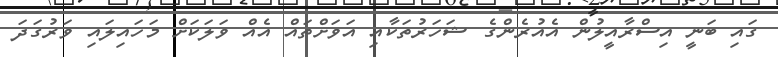
ގައި ބަނީ އިސްރާއީލުން އެއުރެންގެ ޝަހަރުތަކާއި އަވަށްތައް އެއް ވަލަކަށް މަހައިލައި ވަރުގަދަ